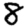
Digit: 8